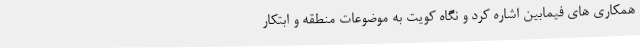
همکاری های فیمابین اشاره کرد و نگاه کویت به موضوعات منطقه و ابتکار